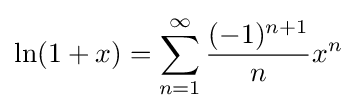
\ln(1+x)=\sum _{n=1}^{\infty }{\frac {(-1)^{n+1}}{n}}x^{n}